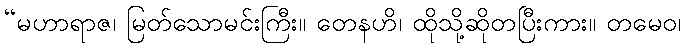
“မဟာရာဇ၊ မြတ်သောမင်းကြီး။ တေနဟိ၊ ထိုသို့ဆိုတပြီးကား။ တမေဝ၊